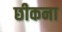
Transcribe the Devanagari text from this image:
छीकना